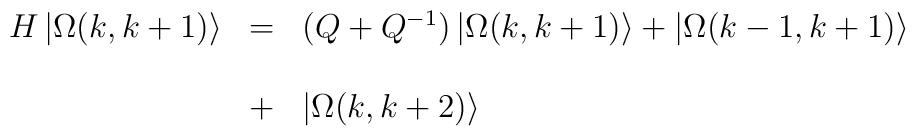
\begin{array}{lll}H\left| \Omega (k,k+1)\right\rangle & = & \left( Q+Q^{-1}\right) \left|\Omega (k,k+1)\right\rangle +\left| \Omega (k-1,k+1)\right\rangle \\ &  &  \\ & + & \left| \Omega (k,k+2)\right\rangle\end{array}